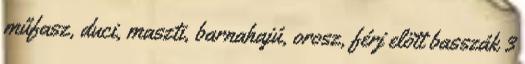
műfasz, duci, maszti, barnahajú, orosz, férj elött basszák 3